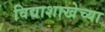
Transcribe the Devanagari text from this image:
विद्याशाखेच्या